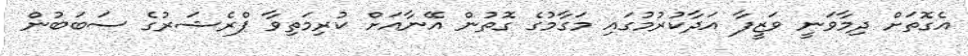
އެގޮތަށް ދިމާވަނީ ވަޒީފާ އަދާކުރުމުގައި މަގާމުގެ ގޮތުން އޭނާއަށް ކުރިމަތިވާ ޕްރެޝަރުގެ ސަބަބުން